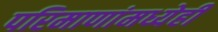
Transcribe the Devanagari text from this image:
परिमाणांमध्येही